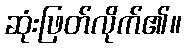
ဆုံးဖြတ်လိုက်၏။